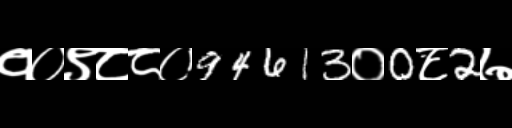
Text: १०९८८०94613०0८2७